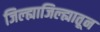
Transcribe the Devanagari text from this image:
जिल्ह्याजिल्ह्यातून